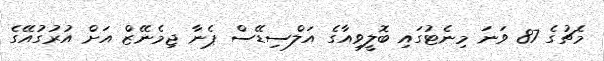
މެޗުގެ 87 ވަނަ މިނެޓުގައި ބޮލީވިއާގެ އަލްސިޑޭސް ޕެނާ ޖިމެނޭޒް އަށް އުރުގުއޭގެ